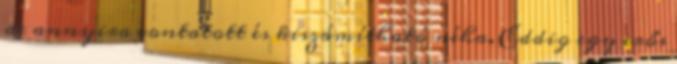
de annyira vontatott és kiszámítható néha. Eddig egy erős